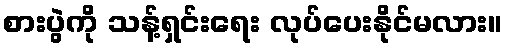
စားပွဲကို သန့်ရှင်းရေး လုပ်ပေးနိုင်မလား။